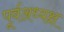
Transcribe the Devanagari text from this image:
पूर्वअध्यक्ष